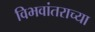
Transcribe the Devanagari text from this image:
विभवांतराच्या